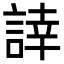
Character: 䛭